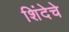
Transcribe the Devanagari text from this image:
शिंदेचे